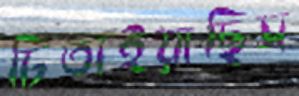
চিতাইয়াছিস